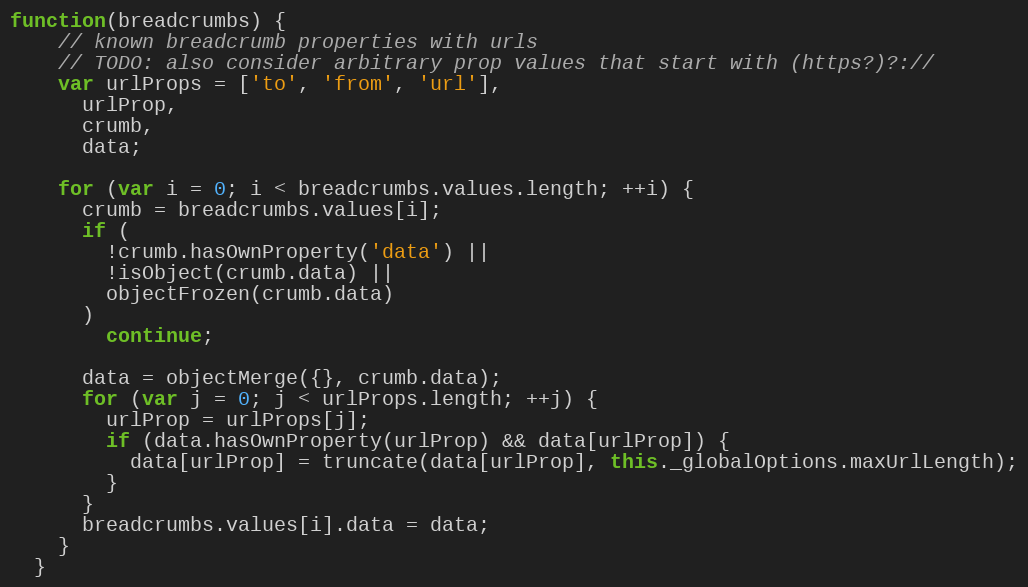
Language: JavaScript
function(breadcrumbs) {
    // known breadcrumb properties with urls
    // TODO: also consider arbitrary prop values that start with (https?)?://
    var urlProps = ['to', 'from', 'url'],
      urlProp,
      crumb,
      data;

    for (var i = 0; i < breadcrumbs.values.length; ++i) {
      crumb = breadcrumbs.values[i];
      if (
        !crumb.hasOwnProperty('data') ||
        !isObject(crumb.data) ||
        objectFrozen(crumb.data)
      )
        continue;

      data = objectMerge({}, crumb.data);
      for (var j = 0; j < urlProps.length; ++j) {
        urlProp = urlProps[j];
        if (data.hasOwnProperty(urlProp) && data[urlProp]) {
          data[urlProp] = truncate(data[urlProp], this._globalOptions.maxUrlLength);
        }
      }
      breadcrumbs.values[i].data = data;
    }
  }